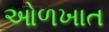
ઓળખાત